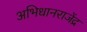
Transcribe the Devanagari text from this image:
अभिधानराजेंद्र